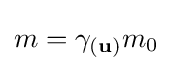
m=\gamma _{(\mathbf {u} )}m_{0}